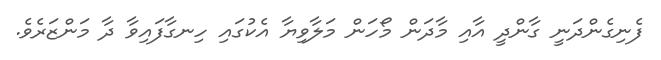
ފެނިގެންދަނީ ގާންދީ އާއި މާދަން މޯހަން މަލާވިޔާ އެކުގައި ހިނގާފައިވާ ދާ މަންޒަރެވެ.